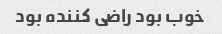
خوب بود راضی کننده بود